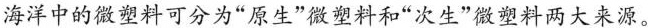
海洋中的微塑料可分为“原生”微塑料和“次生”微塑料两大来源。